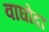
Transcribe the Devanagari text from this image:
वाघोदा